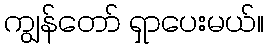
ကျွန်တော် ရှာပေးမယ်။